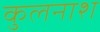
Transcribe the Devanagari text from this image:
कुलनाश